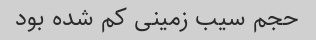
حجم سیب زمینی کم شده بود